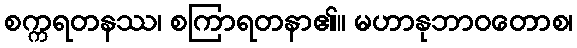
စက္ကရတနဿ၊ စကြာရတနာ၏။ မဟာနုဘာဝတောစ၊